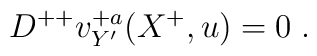
D^{++} v^{+a}_{Y'}(X^+,u) = 0\; .